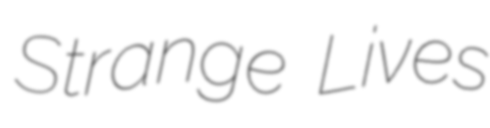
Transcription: Strange Lives